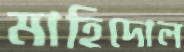
মাহিদোল